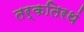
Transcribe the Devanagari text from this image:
तर्कतिरथं